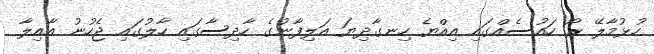
ހުޅުމާލޭ ރޯ ހައުސެއްގައި އިއްޔެ ހިނގާދިޔަ އަލިފާނުގެ ހާދިސާގައި ހާލުގައި ޖެހުނު އާއިލާ